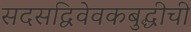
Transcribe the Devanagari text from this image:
सदसद्विवेवकबुद्धीची